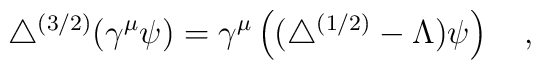
\triangle^{(3/2)}(\gamma^\mu\psi)=\gamma^\mu\left((\triangle^{(1/2)}-\Lambda)\psi\right)~~~,